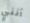
أنني